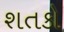
શતકો